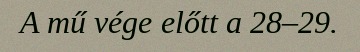
A mű vége előtt a 28–29.